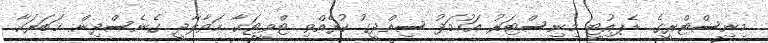
މިނިސްޓްރީގެ ޑެޕއިުޓީ މިނިސްޓަރު އަހުމަދު ސިއްދީގު ކުރެއްވި ޓްވީޓަކާ ހަވާލާދީ ގެނެސްދިން ޚަބަރަކާ